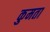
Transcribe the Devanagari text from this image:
कुमता